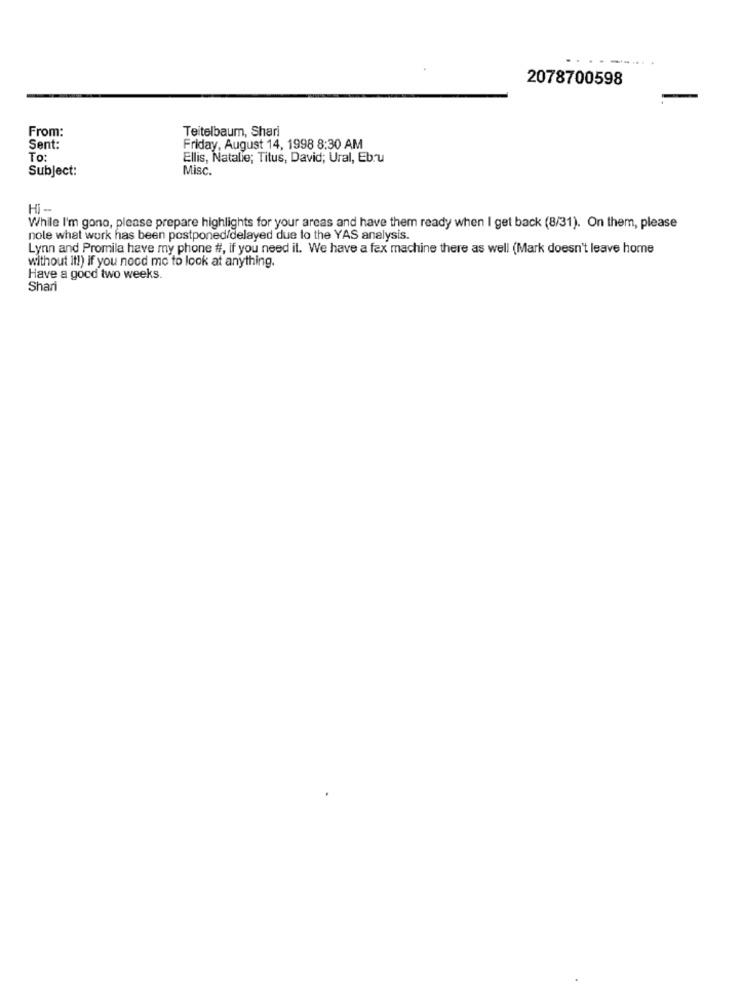
.. .
2078700598
From:
Teitelbaum, Shari
Sent:
Friday, August 14, 1998 8:30 AM
To:
Ellis, Natalie; Titus, David; Ural, Ebru
Subject:
Misc.
Hi --
While I'm gono, please prepare highlights for your areas and have them ready when I get back (8/31). On them, please
nole what work has been postponed/delayed due to the YAS analysis.
Lynn and Promila have my phone #, if you need it. We have a fax machine there as well (Mark doesn't leave home
without it!) if you nocd me to look at anything.
Have a good two weeks.
Shari